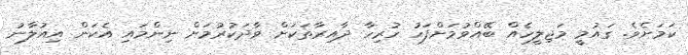
ކަމަށެވެ. ގައުމީ މަޖިލީހެއް ބޭއްވުމަށްފަހު ހުރިހާ ދާއިރާތަކަށް ވާދަކުރުމަށް ނިންމައި އެކަން އިއުލާނު